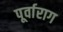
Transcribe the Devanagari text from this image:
पूर्वाराग